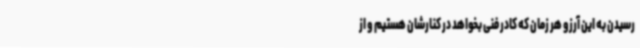
رسیدن به این آرزو هر زمان که کادر فنی بخواهد در کنارشان هستیم و از